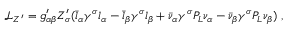
\mathcal { L } _ { Z ^ { \prime } } = g _ { \alpha \beta } ^ { \prime } Z _ { \sigma } ^ { \prime } ( \bar { l } _ { \alpha } \gamma ^ { \sigma } l _ { \alpha } - \bar { l } _ { \beta } \gamma ^ { \sigma } l _ { \beta } + \bar { \nu } _ { \alpha } \gamma ^ { \sigma } P _ { L } \nu _ { \alpha } - \bar { \nu } _ { \beta } \gamma ^ { \sigma } P _ { L } \nu _ { \beta } ) \; ,